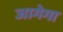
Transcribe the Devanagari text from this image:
जागेगा